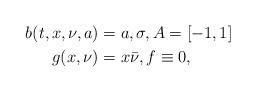
LaTeX: \begin{align*}b(t,x,\nu,a) &= a, \sigma , A = [-1,1] \\g(x,\nu) &= x\bar{\nu}, f \equiv 0,\end{align*}